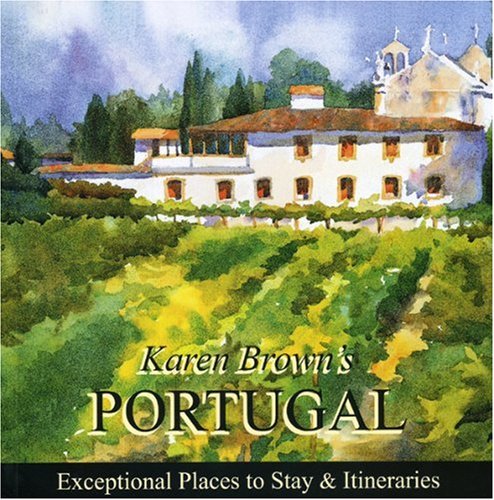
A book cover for Karen Brown's Portugal 2010: Exceptional Places to Stay & Itineraries (Karen Brown's Portugal: Exceptional Places to Stay & Itineraries); June Eveleigh Brown; Travel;